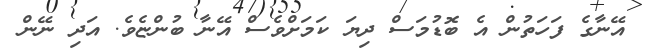
އޭނާގެ ފަހަތުން އެ ބޮޑުމަސް ދިޔަ ކަމަށްވެސް އޭނާ ބުންޏެވެ. އަދި ނޭން